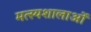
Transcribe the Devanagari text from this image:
मत्स्यशालाओं